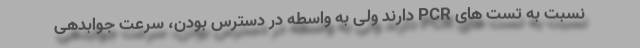
نسبت به تست های PCR دارند ولی به واسطه در دسترس بودن، سرعت جوابدهی